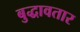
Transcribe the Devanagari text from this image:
बुद्धावतार